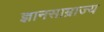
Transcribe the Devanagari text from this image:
ज्ञानसाम्राज्य